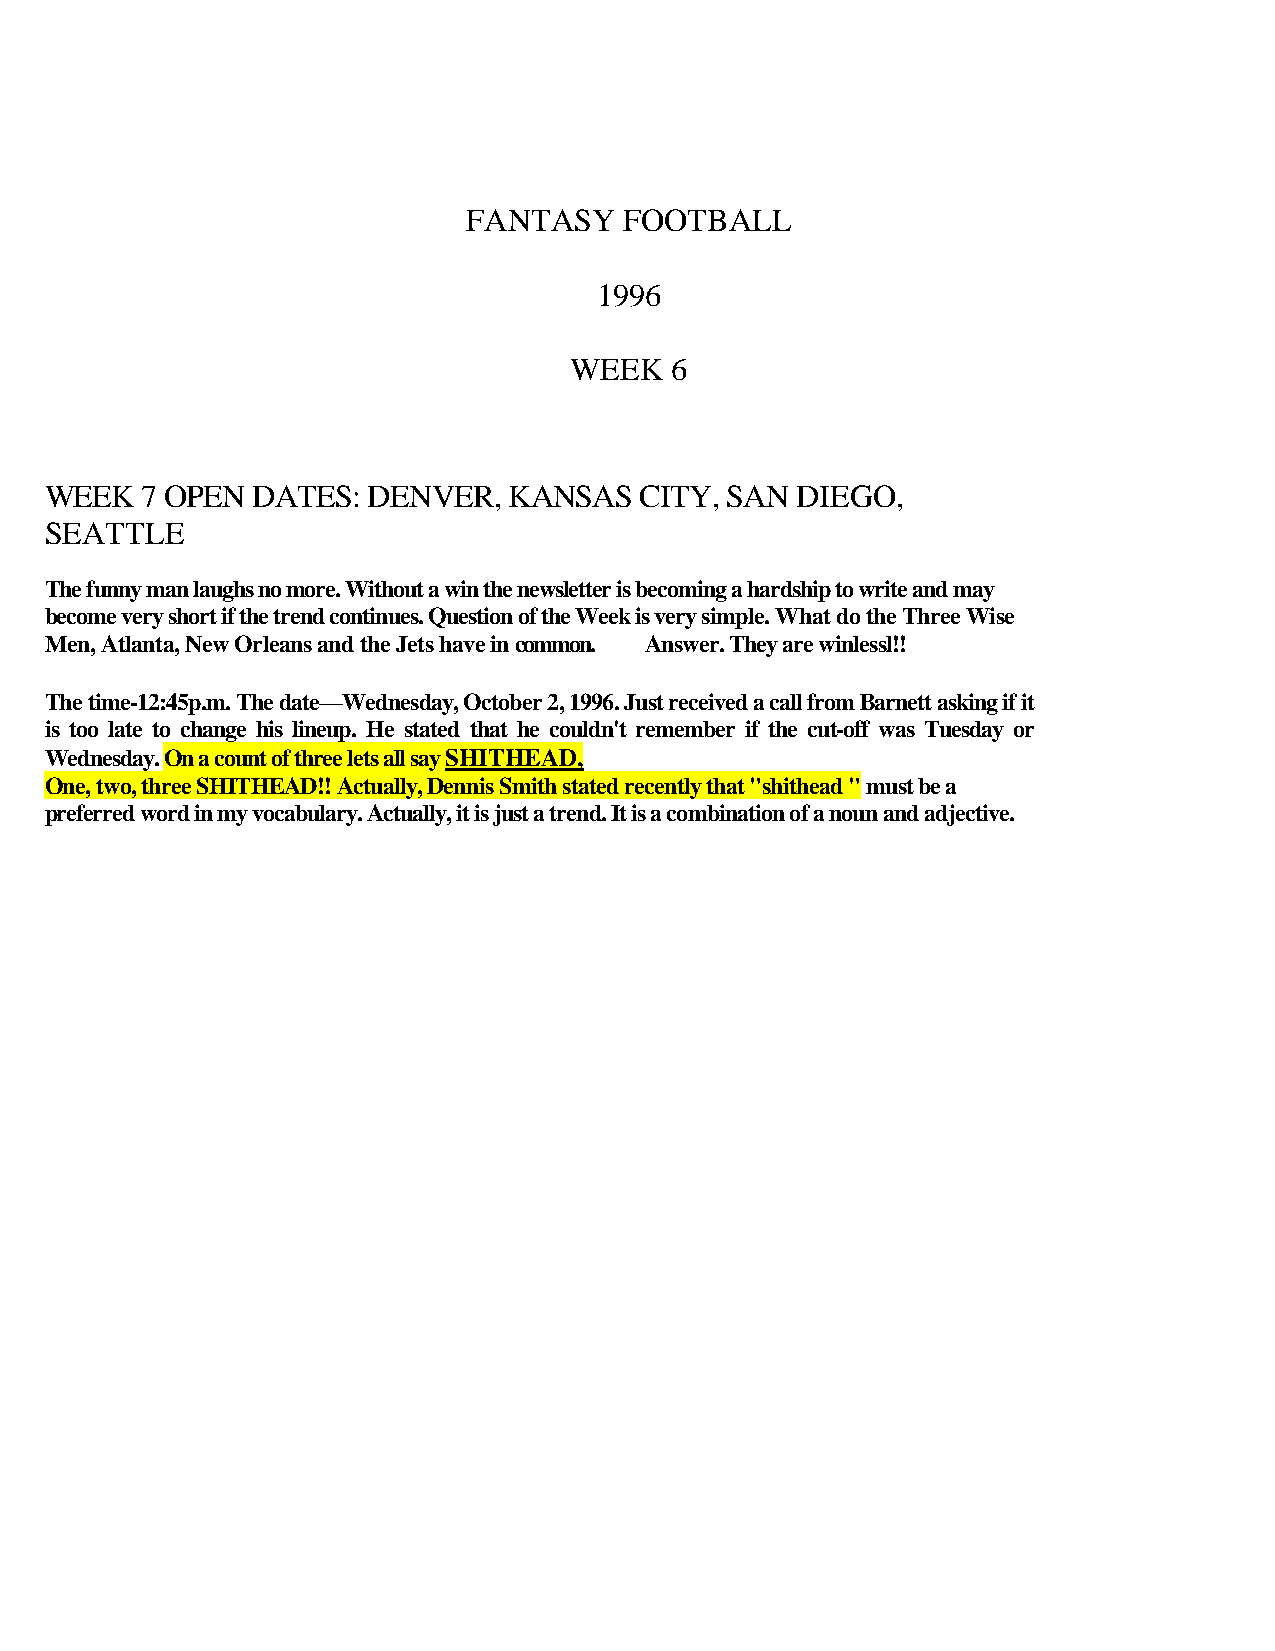
FANTASY   FOOTBALL
 1996
 WEEK  6
 WEEK  7 OPEN  DATES: DENVER,   KANSAS  CITY, SAN  DIEGO,
 SEATTLE
 The funny man laughs no more. Without a win the newsletter is becoming a hardship to write and may
 become very short if the trend continues. Question of the Week is very simple. What do the Three Wise
 Men, Atlanta, New Orleans and the Jets have in common. Answer. They are winlessl!!
 The time-12:45p.m. The date—Wednesday, October 2, 1996. Just received a call from Barnett asking if it
 is too late to change his lineup. He stated that he couldn't remember if the cut-off was Tuesday or
 Wednesday. On a count of three lets all say SHITHEAD,
 One, two, three SHITHEAD!! Actually, Dennis Smith stated recently that "shithead " must be a
 preferred word in my vocabulary. Actually, it is just a trend. It is a combination of a noun and adjective.